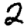
Digit: 2